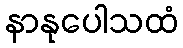
နာနုပေါသထံ